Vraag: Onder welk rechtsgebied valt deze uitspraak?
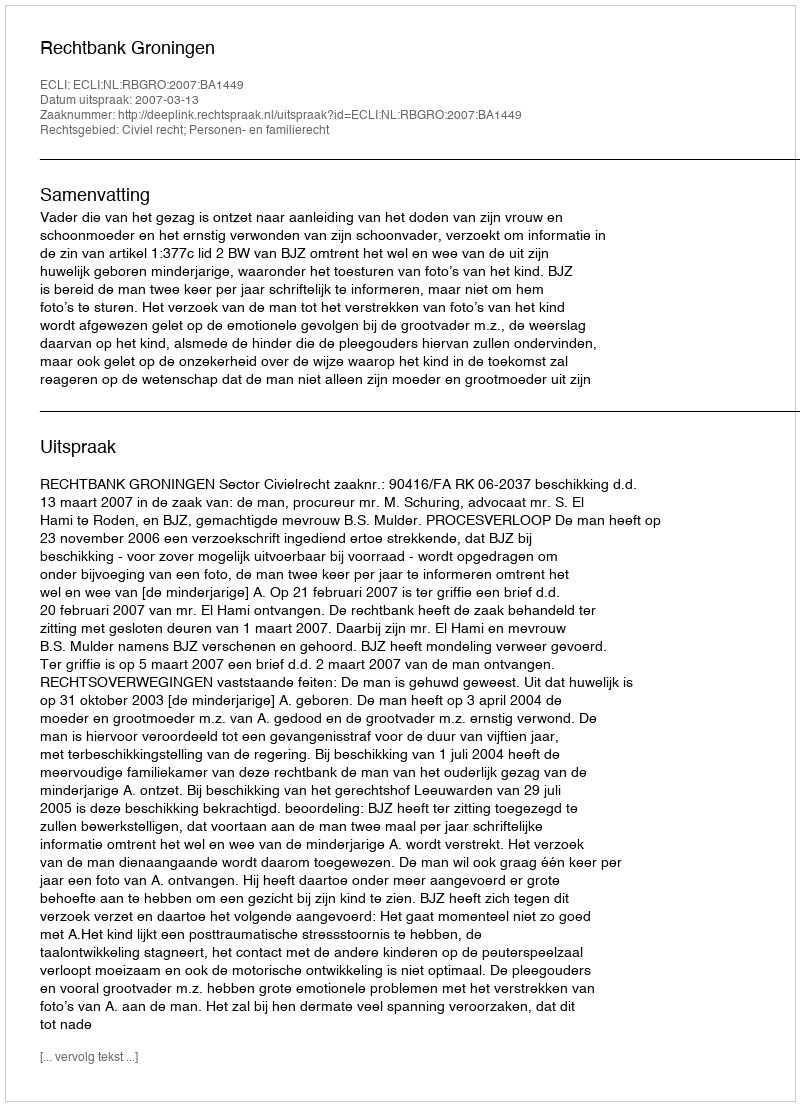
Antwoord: Civiel recht; Personen- en familierecht